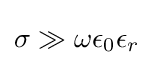
\sigma \gg \omega \epsilon _{0}\epsilon _{r}